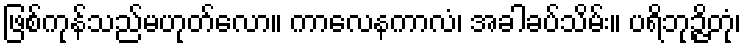
ဖြစ်ကုန်သည်မဟုတ်လော။ ကာလေနကာလံ၊ အခါခပ်သိမ်း။ ပရိဘုဉ္ဇိတုံ၊